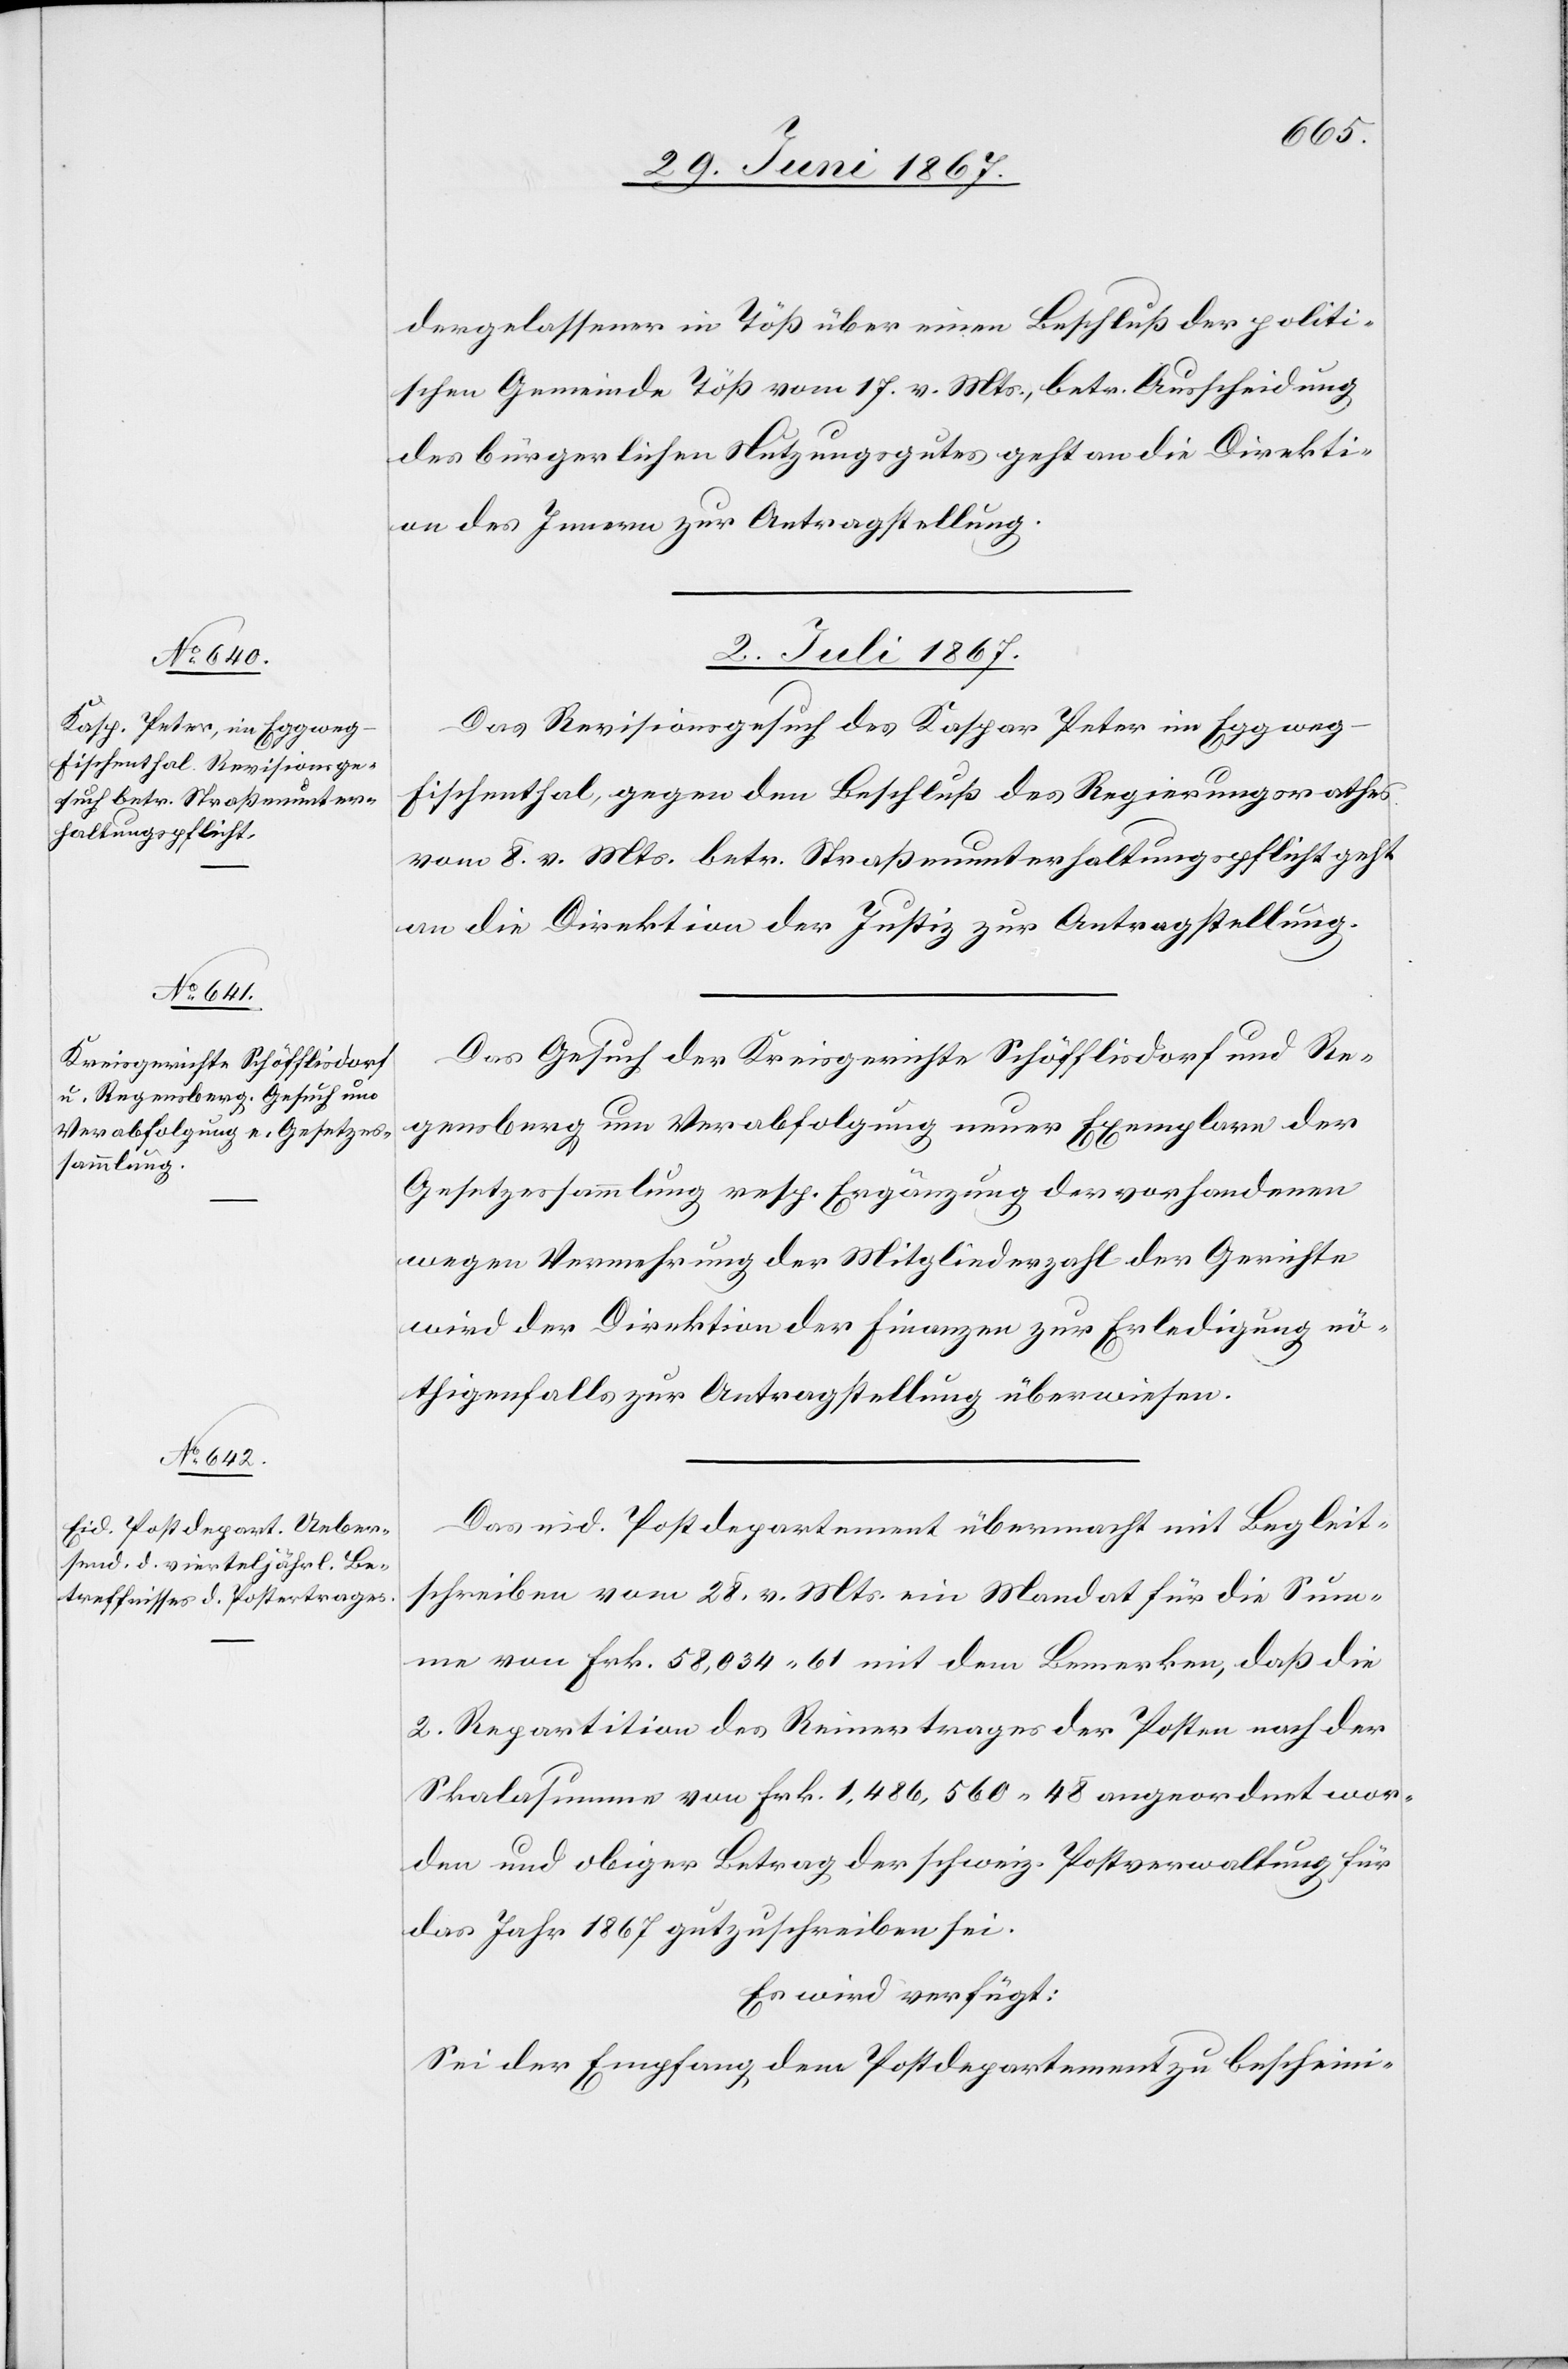
dergelassener in Töß über einen Beschluß der politi¬
schen Gemeinde Töß vom 17. v. Mts., betr. Ausscheidung
des bürgerlichen Nutzungsgutes geht an die Direkti¬
on des Innern zur Antragstellung.
2. Juli 1867.]
Das Revisionsgesuch des Kaspar Peter im Eggweg-F¬
ischenthal, gegen den Beschluß des Regierungsrathes
vom 8. v. Mts. betr. Straßenunterhaltungspflicht geht
an die Direktion der Justiz zur Antragstellung.
Das Gesuch der Kreisgerichte Schöfflisdorf und Re¬
gensberg um Verabfolgung neuer Exemplare der
Gesetzessammlung resp. Ergänzung der vorhandenen
wegen Vermehrung der Mitgliederzahl der Gerichte
wird der Direktion der Finanzen zur Erledigung nö¬
thigenfalls zur Antragstellung überwiesen.
Das eid. Postdepartement übermacht mit Begleit¬
schreiben vom 28. v. Mts. ein Mandat für die Sum¬
me von Frk. 58 034.61 mit dem Bemerken, daß die
2. Repartition des Reinertrages der Posten nach der
Skalasumme von Frk. 1 486 560.48 angeordnet wor¬
den und obiger Betrag der schweiz. Postverwaltung für
das Jahr 1867 gutzuschreiben sei.
Es wird verfügt:
Sei der Empfang dem Postdepartement zu bescheini-